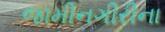
જામીનગીરીના